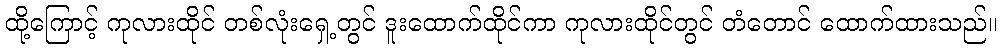
ထို့ကြောင့် ကုလားထိုင် တစ်လုံးရှေ့တွင် ဒူးထောက်ထိုင်ကာ ကုလားထိုင်တွင် တံတောင် ထောက်ထားသည်။